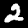
Label: 2